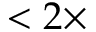
< 2 \times